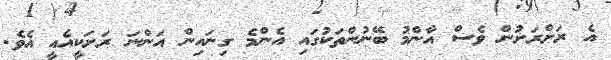
އެ ރަށްރަށުން ވެސް އާންމު ބޭނުންތަކުގައި އެންމެ ގިނައިން އަންނަ ރަށަކީއެއީ އެވެ.